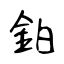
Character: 鉑